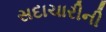
સદાચારીની